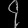
Digit: ၄